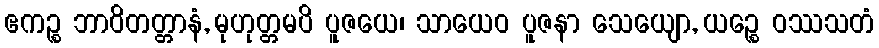
ဧကဉ္စ ဘာဝိတတ္တာနံ, မုဟုတ္တမပိ ပူဇယေ၊ သာယေဝ ပူဇနာ သေယျော, ယဉ္စေ ဝဿသတံ